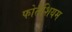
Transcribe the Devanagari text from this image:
फोतैशियम